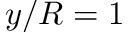
y / R = 1